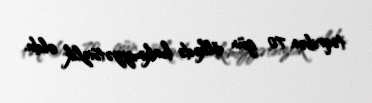
təqribən 70 gün ölkədə hakimiyyətsizlik oldu.